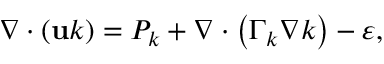
\nabla \cdot \left( \mathbf { u } k \right) = P _ { k } + \nabla \cdot \left( \Gamma _ { k } \nabla k \right) - \varepsilon ,